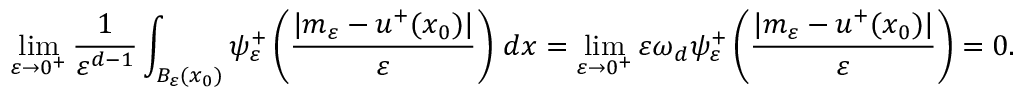
\operatorname* { l i m } _ { \varepsilon \to 0 ^ { + } } \frac { 1 } { \varepsilon ^ { d - 1 } } \int _ { B _ { \varepsilon } ( x _ { 0 } ) } \psi _ { \varepsilon } ^ { + } \left( \frac { | m _ { \varepsilon } - u ^ { + } ( x _ { 0 } ) | } { \varepsilon } \right) \, d x = \operatorname* { l i m } _ { \varepsilon \to 0 ^ { + } } \varepsilon \omega _ { d } \psi _ { \varepsilon } ^ { + } \left( \frac { | m _ { \varepsilon } - u ^ { + } ( x _ { 0 } ) | } { \varepsilon } \right) = 0 .